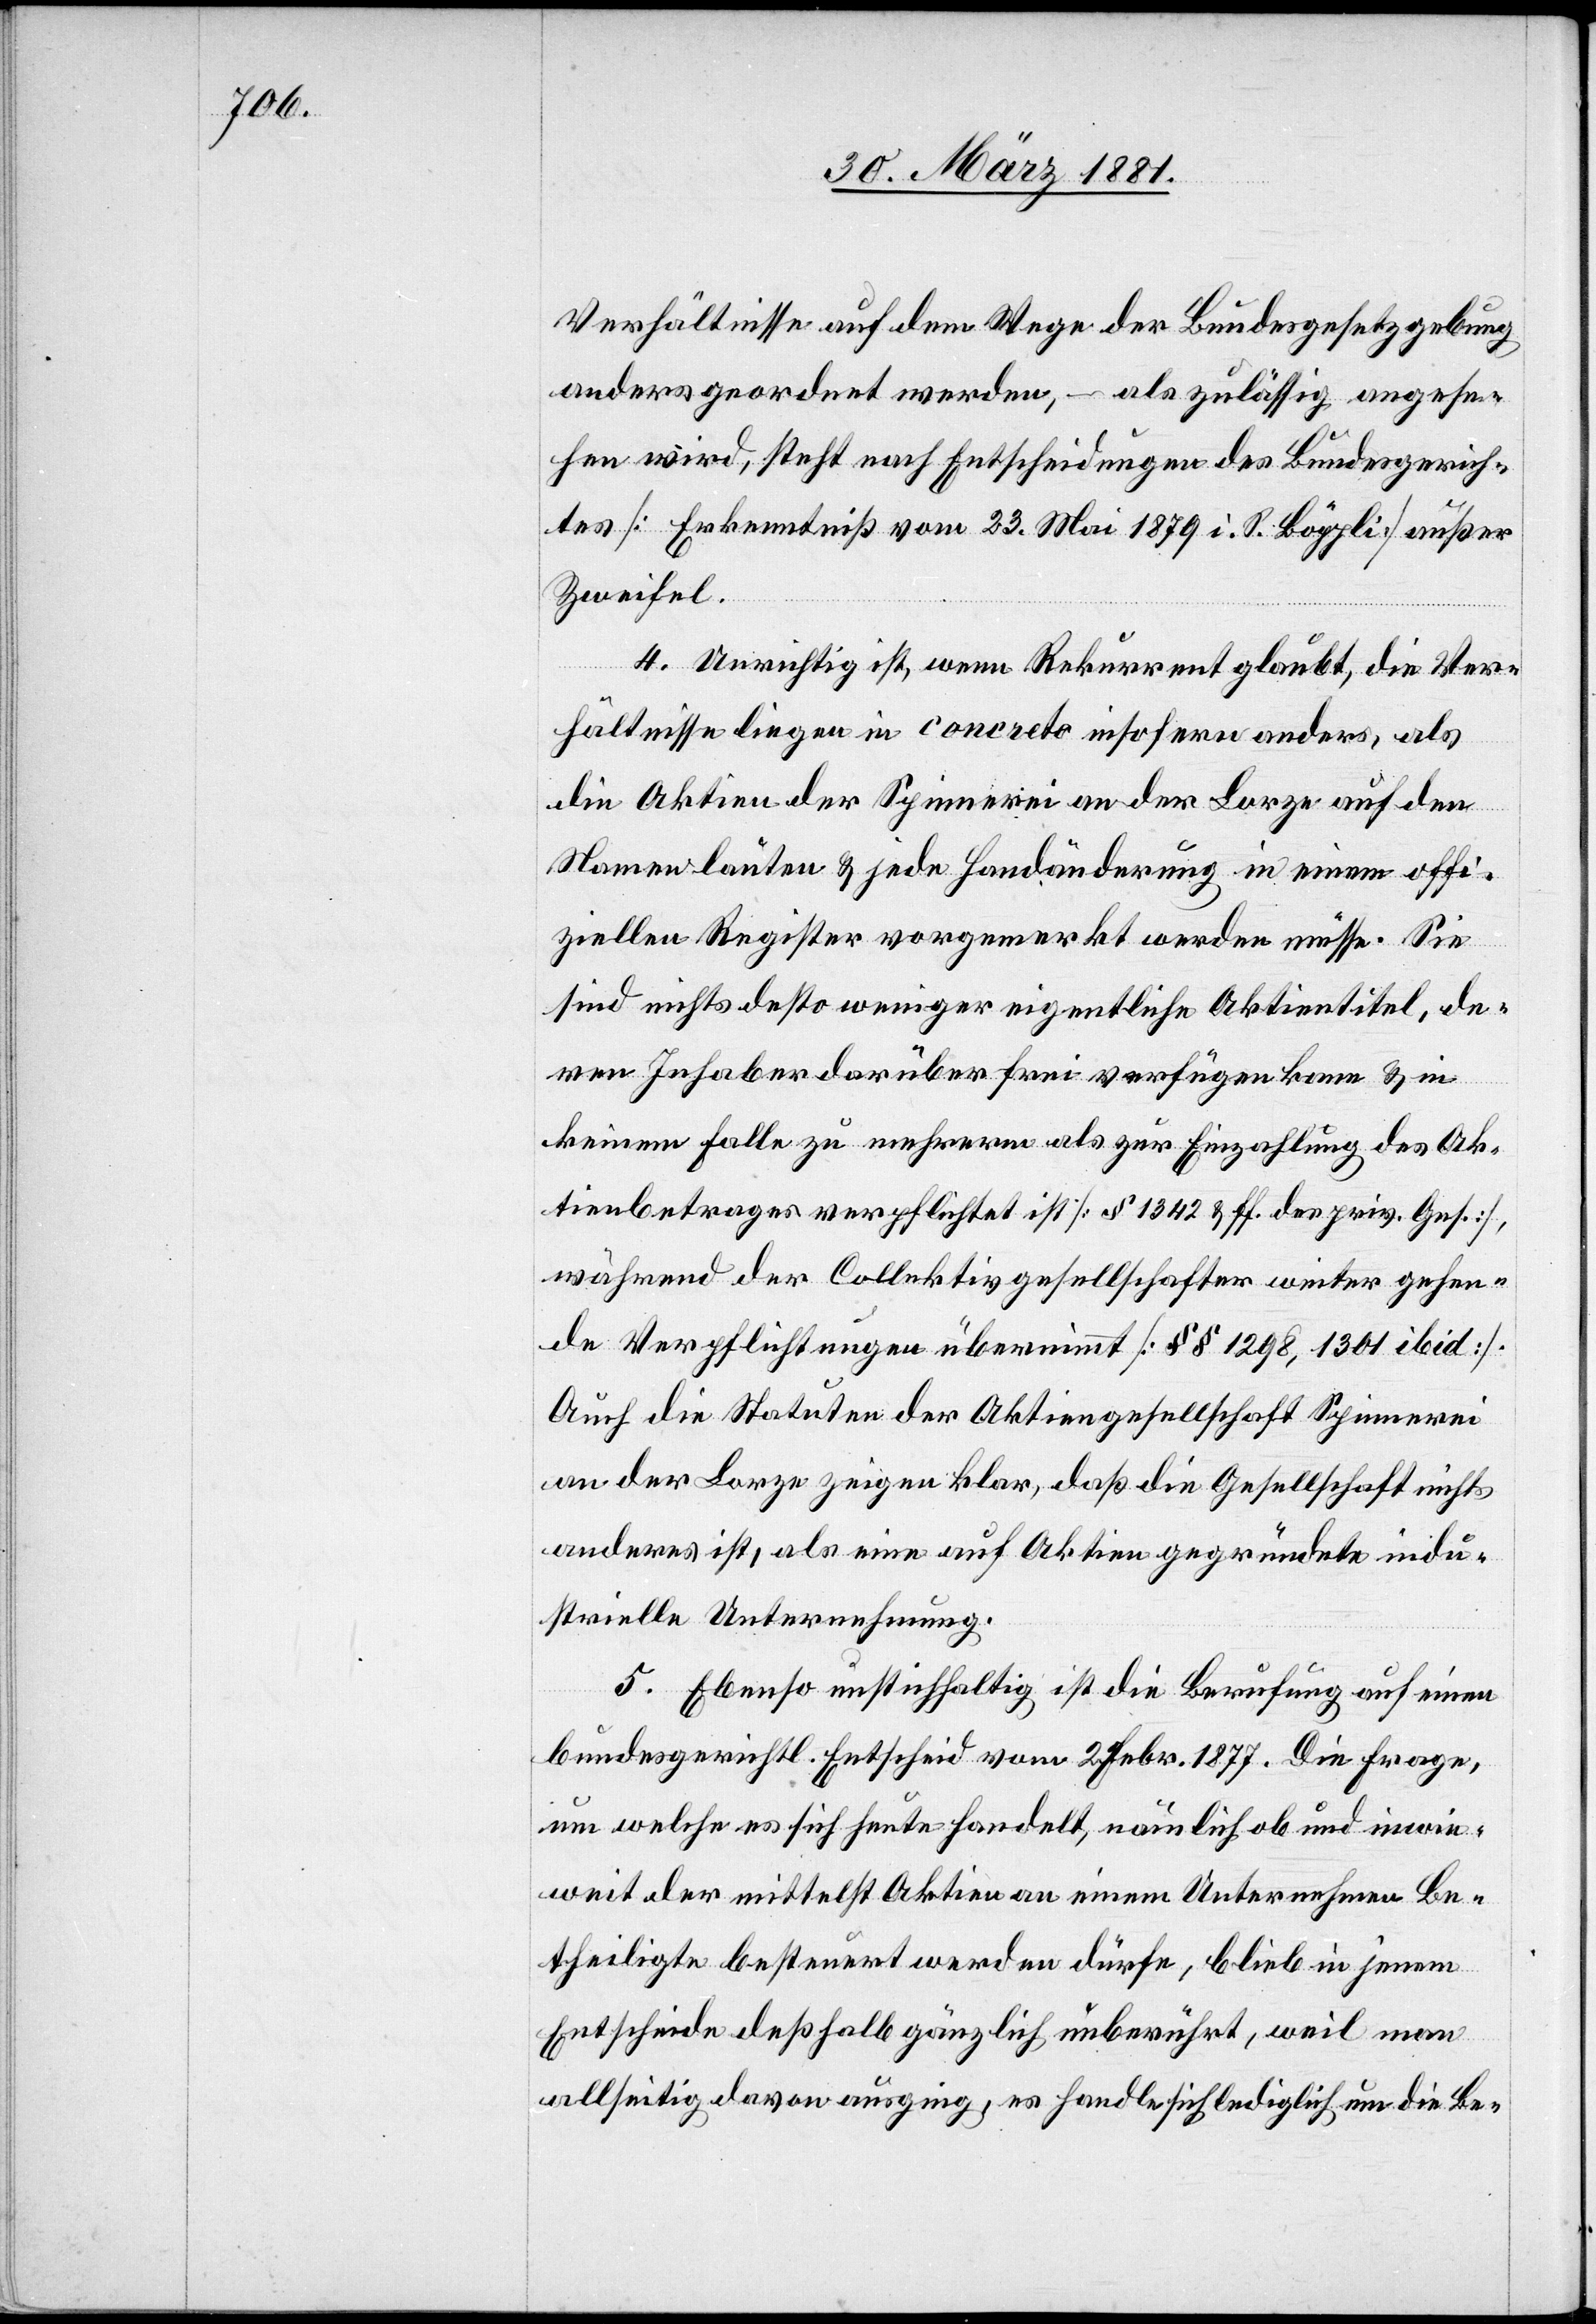
Verhältnisse auf dem Wege der Bundesgesetzgebung
anders geordnet werden, –als zulässig angese¬
hen wird, steht nach Entscheidungen des Bundesgerich¬
tes [Erkenntniß vom 23. Mai 1879 i. S. Böppli] außer
Zweifel.
4. Unrichtig ist, wenn Rekurrent glaubt, die Ver¬
hältnisse liegen in concreto insofern anders, als
die Aktien der Spinnerei an der Lorze auf den
Namen lauten & jede Handänderung in einem offi¬
ziellen Register vorgemerkt werden müsse. Sie
sind nichts desto weniger eigentliche Aktientitel, de¬
ren Inhaber darüber frei verfügen kann & in
keinem Falle zu mehreren als zur Einzahlung des Ak¬
tienbetrages verpflichtet ist [§ 1342 & ff. des priv. Ges.],
während der Collektivgesellschafter weiter gehen¬
de Verpflichtungen übernimmt [§§ 1298, 1301 ibid].
Auch die Stauten der Aktiengesellschaft Spinnerei
an der Lorze zeigen klar, daß die Gesellschaft nichts
anderes ist, als eine auf Aktien gegründete indu¬
strielle Unternehmung.
5. Ebenso unstichhaltig ist die Berufung auf einen
bundesgerichtl. Entscheid vom 2. Febr. 1877. Die Frage
um welche es sich heute handelt, nämlich ob und inwie¬
weit der mittelst Aktien an einem Unternehmen Be¬
theiligte besteuert werden dürfe, blieb in jenem
Entscheide deßhalb gänzlich unberührt, weil man
allseitig davon ausging, es handle sich lediglich um die Be-